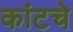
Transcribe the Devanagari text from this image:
कांटचे